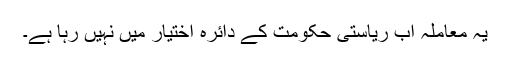
یہ معاملہ اب ریاستی حکومت کے دائرہ اختیار میں نہیں رہا ہے۔